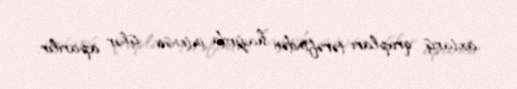
axtarış qrupları tərəfindən hazırda intensiv işlər aparılır.